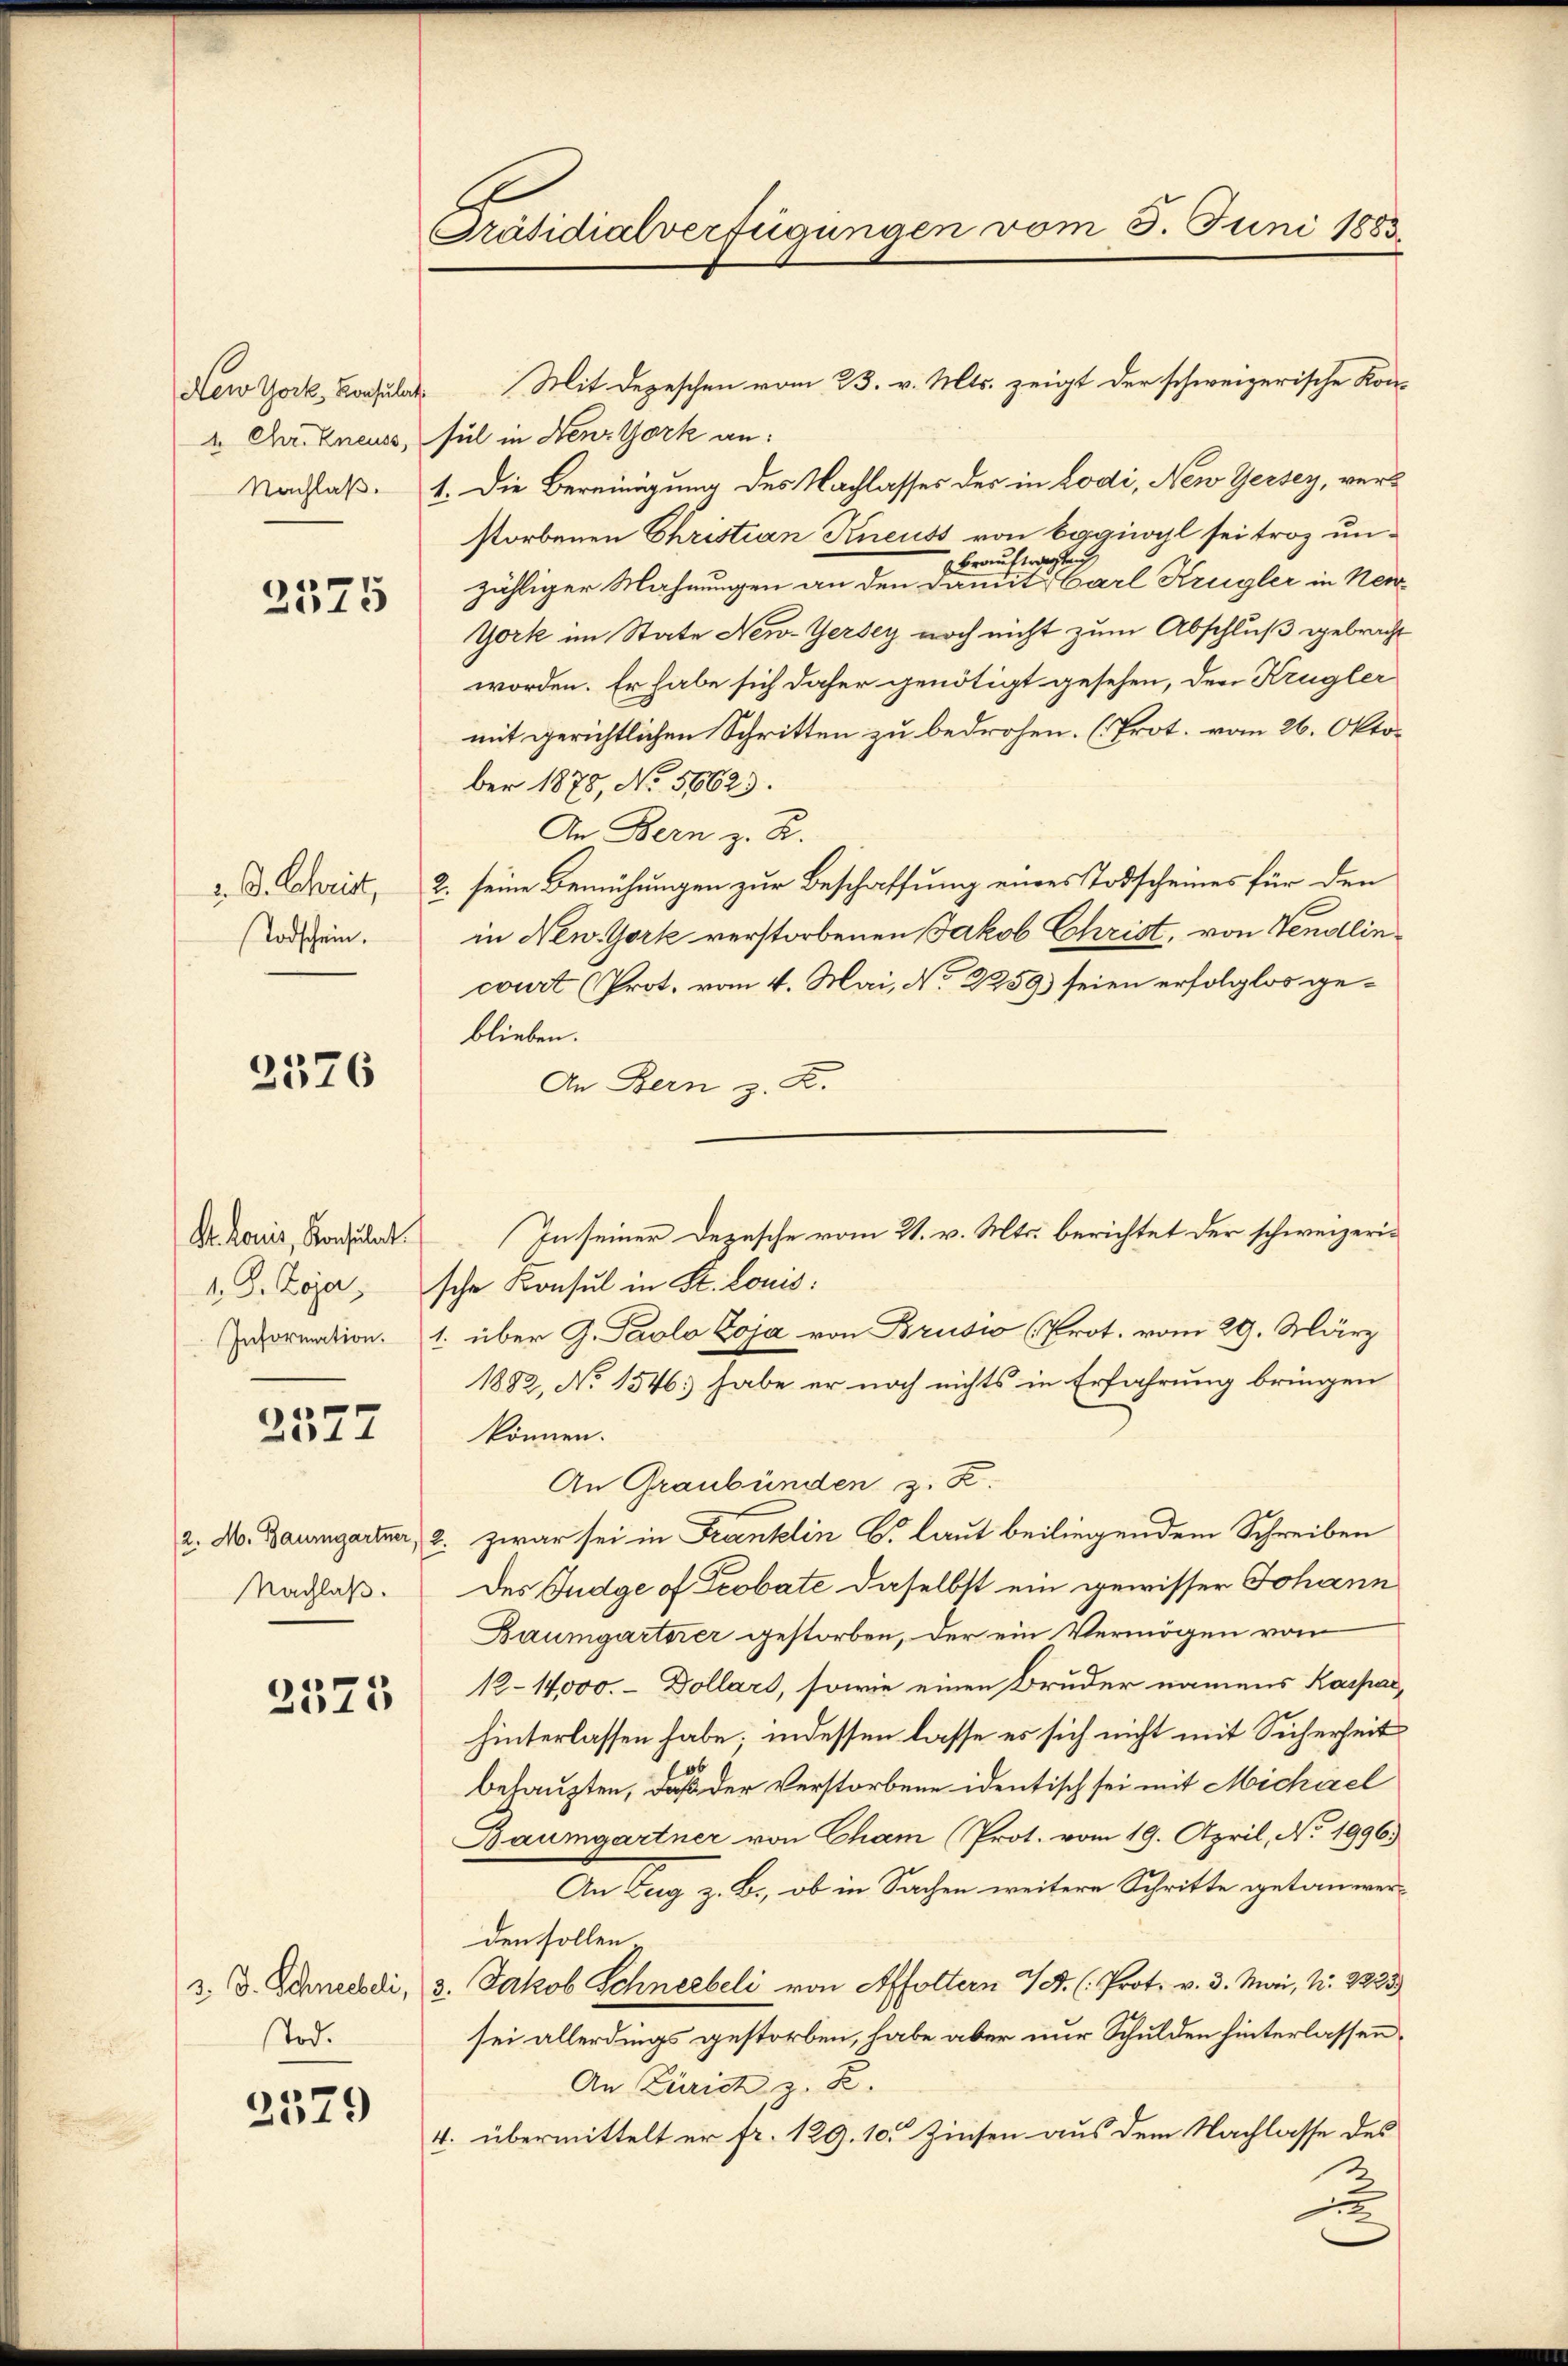
4. Chr. Kneuss,
Nachlaß.

2575

v. D. Christ,
Todschein.

2576

Dr. Louis, Konsulat
1. G. Zoja,
Information.

2577

Nachlaß.

2575

3. d. Schneebeli,
stod.

2579

x
Präsidialverfügungen vom 5. Juni 1883

New York, Konsulat Mit Depeschen vom 23. v. Mts. zeigt der schweizerische Kon-
sul in HenzYork an:
1. Die Bereinigung des Nachlasses der in Lodi, Nen Gersey, verstorbenen Christian Kneuss von Eggiwyl sei troz un¬
Brauftragten
zähliger Mahnungen an den damit Carl Krügler in Neu¬
York im State New-Jersey noch nicht zum Abschluß gebracht
worden. Er habe sich daher genötigt gesehen, den Krügler
mit gerichtlichen Schritten zu bedrohen. (Prot. vom 26. Oktober 1878, No. 56623.
An Bern z. R.
2. seine Bemühungen zur Beschaffung eines Todscheines für den
in New-York verstorbenen Jakob Christ, von Tendlincourt (Prot. vom 4. Mai, No. 2259) seien erfolglos geblieben.
An Bern z. B.
sche Konsul in St. Louis:
1. über G. Paolo Zoja von Brusio (Prot. vom 29. März
1882, No 1546 habe er noch nichts in Erfahrung bringen
können.
An Graubünden z. Z.
2. No. Baumgartner, 2. Zwar sei in Frantelin b. laut beiliegendem Schreiben
Des Judge of Drobate daselbst ein gewisser Johann
Baumgarterer gestorben, der ein Vermögen vom
12–14,000. - Dollars, sowie einen Bruder namens Kaspar,
hinterlassen habe; indessen lasse es sich nicht mit Sicherheit
behaupten, daß der Verstorbene identisch sei mit Michael
Baumgartner von Cham (Prot. vom 19. April, No. 1996.
An Zug z. B., ob in Sachen weitere Schritte getan verden sollen.
3. Jakob Schneebeli von Affoltern V. (Prot. v. 3. Mai, N. 2233)
sei allerdings gestorben, habe aber nur Schulden hinterlassen.
An Zürich, z. B.
4. übermittelt er fr. 129. 10. Zinsen aus dem Nachlasse des
u

In seiner Depesche vom 21. v. Mts. berichtet der schweizeri¬